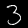
Label: 3